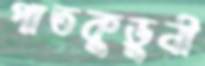
পাতকুড়ুনী